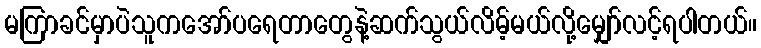
မကြာခင်မှာပဲသူကအော်ပရေတာတွေနဲ့ဆက်သွယ်လိမ့်မယ်လို့မျှော်လင့်ရပါတယ်။